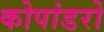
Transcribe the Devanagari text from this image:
कोपांडरो